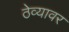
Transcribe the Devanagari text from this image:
ठेव्यावर